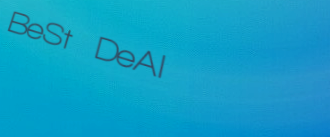
BeSt DeAl